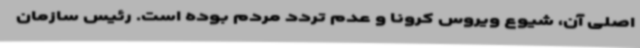
اصلی آن، ‌شیوع ویروس کرونا و عدم تردد مردم‌ بوده است. رئیس سازمان